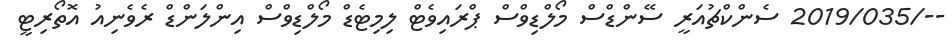
--/2019/035 ސެންކްޗުއަރީ ސޭންޑްސް މޯލްޑިވްސް ޕްރައިވެޓް ލިމިޓެޑް މޯލްޑިވްސް އިންލަންޑް ރެވެނިއު އޮތޯރިޓީ